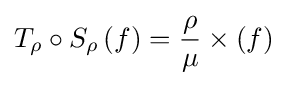
T_{\rho }\circ S_{\rho }\left(f\right)={\frac {\rho }{\mu }}\times (f)